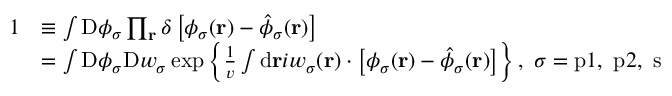
\begin{array} { r l } { 1 } & { \equiv \int \mathrm { D } \phi _ { \sigma } \prod _ { \mathbf { r } } \delta \left[ \phi _ { \sigma } ( \mathbf { r } ) - \hat { \phi } _ { \sigma } ( \mathbf { r } ) \right] } \\ & { = \int \mathrm { D } \phi _ { \sigma } \mathrm { D } w _ { \sigma } \exp \left\{ \frac { 1 } { v } \int \mathrm { d } { \mathbf { r } } i w _ { \sigma } ( \mathbf { r } ) \cdot \left[ \phi _ { \sigma } ( \mathbf { r } ) - \hat { \phi } _ { \sigma } ( \mathbf { r } ) \right] \right\} , \ \sigma = \mathrm { p } 1 , \ \mathrm { p } 2 , \ \mathrm { s } } \end{array}